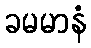
ခမမာနံ